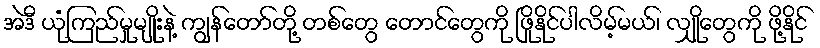
အဲဒီ ယုံကြည်မှုမျိုးနဲ့ ကျွန်တော်တို့ တစ်တွေ တောင်တွေကို ဖြိုနိုင်ပါလိမ့်မယ်၊ လျှိုတွေကို ဖို့နိုင်